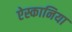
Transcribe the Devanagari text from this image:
ऐस्कानिया